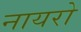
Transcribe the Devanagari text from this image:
नायरो